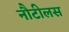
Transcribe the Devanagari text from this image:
नौटीलस